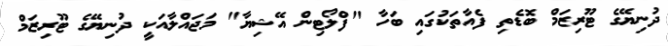
ދުނިޔޭގެ ޓޫރިޒަމް ބޮޑެތި ފެއާތަކުގައި ބަހާ "ފްލޯޓިން އޭޝިޔާ" މަޖައްލާއަކީ ދުނިޔޭގެ ޓޫރިޒަމް